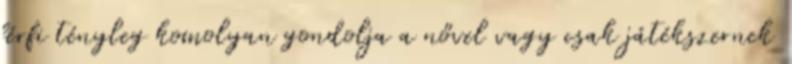
férfi tényleg komolyan gondolja a nővel vagy csak játékszernek